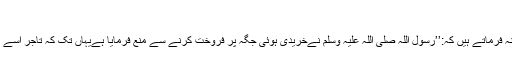
[16]
سیدنا زید بن ثابت رضی اللہ عنہ فرماتے ہیں کہ:’’رسول اللہ صلی اللہ علیہ وسلم نےخریدی ہوئی جگہ پر فروخت کرنے سے منع فرمایا ہےیہاں تک کہ تاجر اُسے اپنے مقامات پر منتقل کر لیں‘‘۔